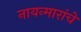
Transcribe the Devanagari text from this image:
नायन्मारांचे